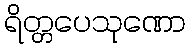
ရိတ္တပေသုဏော